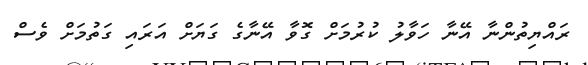
ރައްޔިތުންނާ އޭނާ ހަވާލު ކުރުމަށް ގޮވާ އޭނާގެ ގަޔަށް އަރައި ގަތުމަށް ވެސް